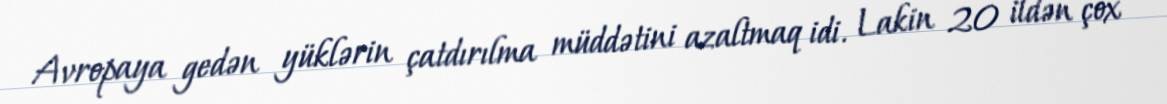
Avropaya gedən yüklərin çatdırılma müddətini azaltmaq idi. Lakin 20 ildən çox